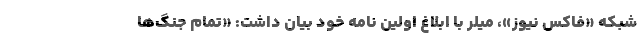
شبکه «فاکس نیوز»، میلر با ابلاغ اولین نامه خود بیان داشت: «تمام جنگ‌ها